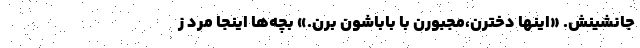
جانشینش. «اینها دخترن،مجبورن با باباشون برن.» بچه‌ها اینجا مَرد ز